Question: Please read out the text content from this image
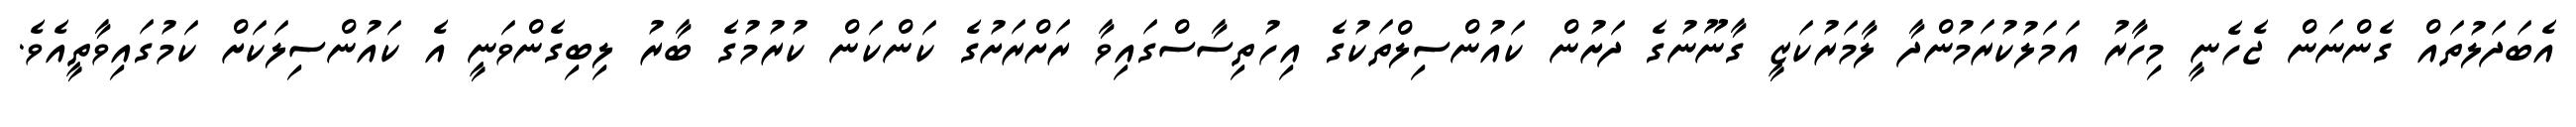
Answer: އެބަދަލުތައް ގެންނަން ޖެހެނީ މިހާރު އަމަލުކުރަމުންދާ ލާމަރުކަޒީ ގާނޫނުގެ ދަށުން ކައުންސިލްތަކުގެ އިހުތިސާސްގައިވާ ރަށްރަށުގެ ކަންކަން ކުރުމުގެ ބާރު ލިބިގެންވަނީ އެ ކައުންސިލަކަށް ކަމުގައިވާތީއެވެ.